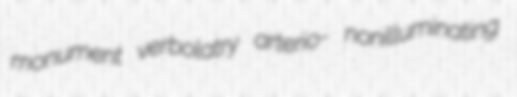
monument verbolatry arterio- nonilluminating